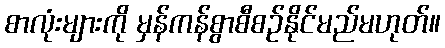
စာလုံးများကို မှန်ကန်စွာစီစဉ်နိုင်မည်မဟုတ်။